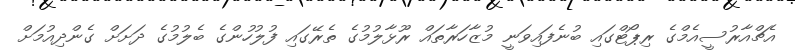
އެޗްއާރުސީއެމްގެ ރިޕޯޓްގައި ބުނެފައިވަނީ މުޒާހަރާތައް ރޫޅާލުމުގެ ތެރޭގައި ފުލުހުންގެ ބެލުމުގެ ދަށަށް ގެންދިއުމަށް